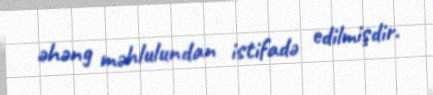
əhəng məhlulundan istifadə edilmişdir.